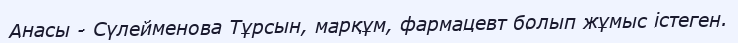
Анасы - Сүлейменова Тұрсын, марқұм, фармацевт болып жұмыс істеген.